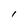
Character: 1